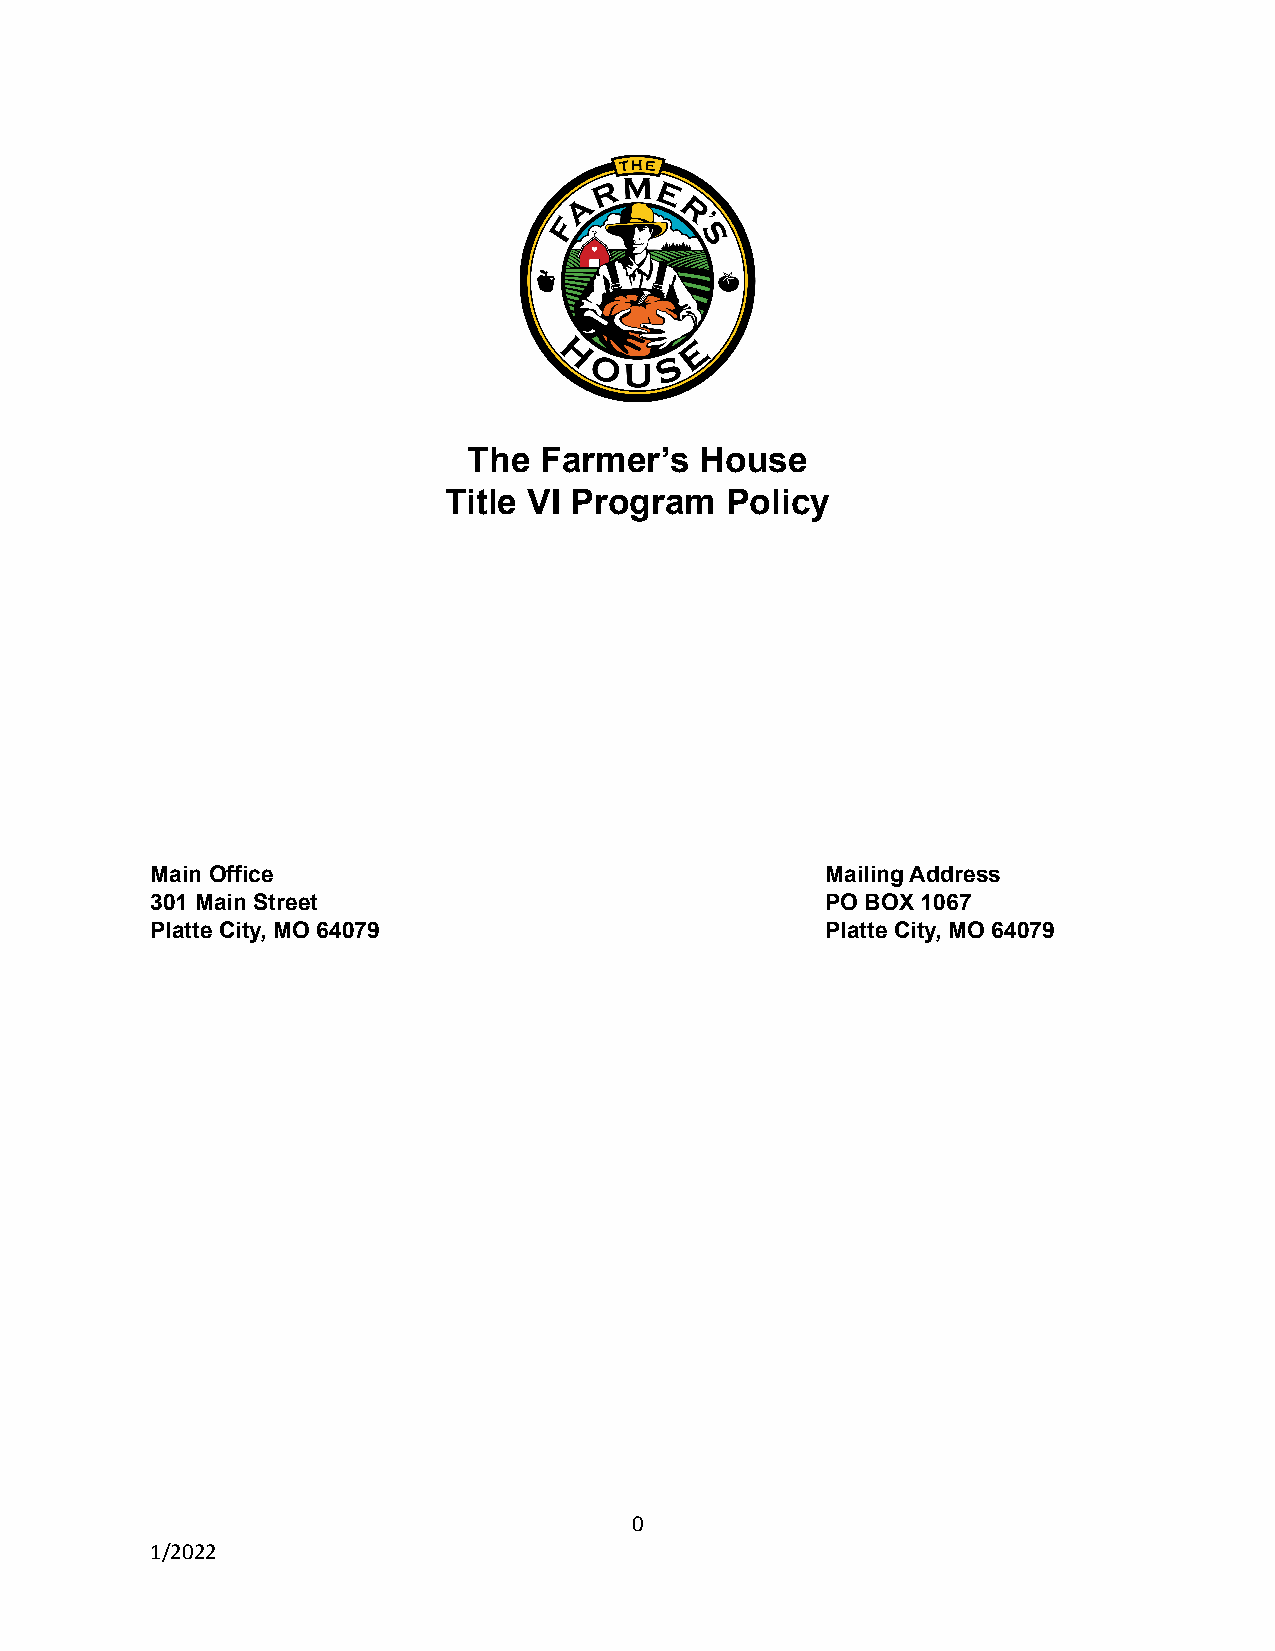
The  Farmer’s  House
 Title VI Program   Policy
 Main Office                                  Mailing Address
 301 Main Street                              PO BOX 1067
 Platte City, MO 64079                        Platte City, MO 64079
 0
 1/2022